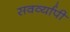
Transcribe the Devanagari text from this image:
सवर्व्यापी